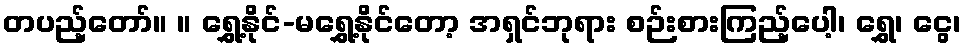
တပည့်တော်။ ။ ရွှေ့နိုင်-မရွှေ့နိုင်တော့ အရှင်ဘုရား စဉ်းစားကြည့်ပေါ့၊ ရွှေ၊ ငွေ၊